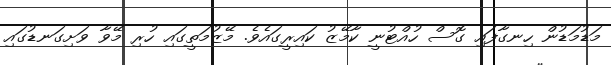
މަޑުމަޑުން ހިނގާފައި ގޮސް ހުއްޓުނީ ކާމޭޒު ކައިރީގައެވެ. މޭޒުމަތީގައި ހުރި މޭވާ ވަށިގަނޑުގައި